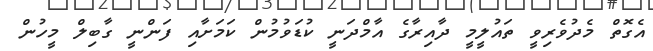
އެގޮތް މެދުވެރިވީ ތައުލީމީ ދާއިރާގެ އާމްދަނީ ކުޑަވުމުން ކަމަށާއި ފަންނީ ގާބިލް މީހުން